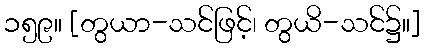
၁၅၉။ [တွယာ-သင်ဖြင့်၊ တွယိ-သင်၌။]